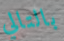
بالتالي